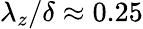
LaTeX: {\lambda}_{z}/\delta\approx 0.25